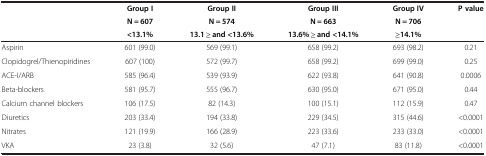
<table><thead><tr><td rowspan="2">[EMPTY_CELL]</td><td><b>Group I</b></td><td><b>Group II</b></td><td><b>Group III</b></td><td><b>Group IV</b></td><td rowspan="2"><b>P value</b></td></tr><tr><td><b>N = 607</b></td><td><b>N = 574</b></td><td><b>N = 663</b></td><td><b>N = 706</b></td></tr><tr><td>[EMPTY_CELL]</td><td><b>&lt;13.1%</b></td><td><b>13.1 ≥ and &lt;13.6%</b></td><td><b>13.6% ≥ and &lt;14.1%</b></td><td><b>≥14.1%</b></td><td>[EMPTY_CELL]</td></tr></thead><tbody><tr><td>Aspirin</td><td>601 (99.0)</td><td>569 (99.1)</td><td>658 (99.2)</td><td>693 (98.2)</td><td>0.21</td></tr><tr><td>Clopidogrel/Thienopiridines</td><td>607 (100)</td><td>572 (99.7)</td><td>658 (99.2)</td><td>699 (99.0)</td><td>0.25</td></tr><tr><td>ACE-I/ARB</td><td>585 (96.4)</td><td>539 (93.9)</td><td>622 (93.8)</td><td>641 (90.8)</td><td>0.0006</td></tr><tr><td>Beta-blockers</td><td>581 (95.7)</td><td>555 (96.7)</td><td>630 (95.0)</td><td>671 (95.0)</td><td>0.44</td></tr><tr><td>Calcium channel blockers</td><td>106 (17.5)</td><td>82 (14.3)</td><td>100 (15.1)</td><td>112 (15.9)</td><td>0.47</td></tr><tr><td>Diuretics</td><td>203 (33.4)</td><td>194 (33.8)</td><td>229 (34.5)</td><td>315 (44.6)</td><td>&lt;0.0001</td></tr><tr><td>Nitrates</td><td>121 (19.9)</td><td>166 (28.9)</td><td>223 (33.6)</td><td>233 (33.0)</td><td>&lt;0.0001</td></tr><tr><td>VKA</td><td>23 (3.8)</td><td>32 (5.6)</td><td>47 (7.1)</td><td>83 (11.8)</td><td>&lt;0.0001</td></tr></tbody></table>